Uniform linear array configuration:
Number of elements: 64
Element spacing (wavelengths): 0.5
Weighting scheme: binomial
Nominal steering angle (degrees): -30
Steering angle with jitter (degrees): -28.395
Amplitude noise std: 0.05
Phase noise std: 0.05

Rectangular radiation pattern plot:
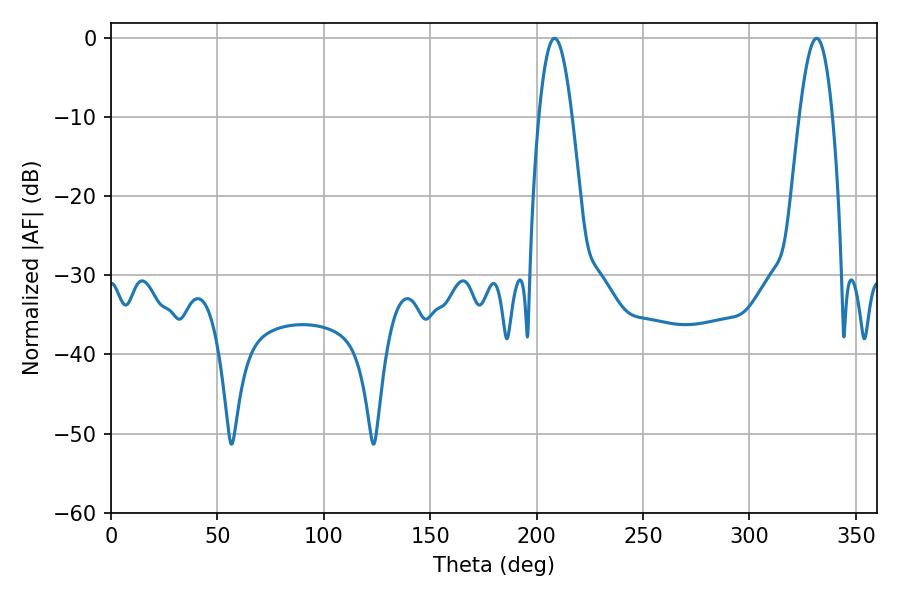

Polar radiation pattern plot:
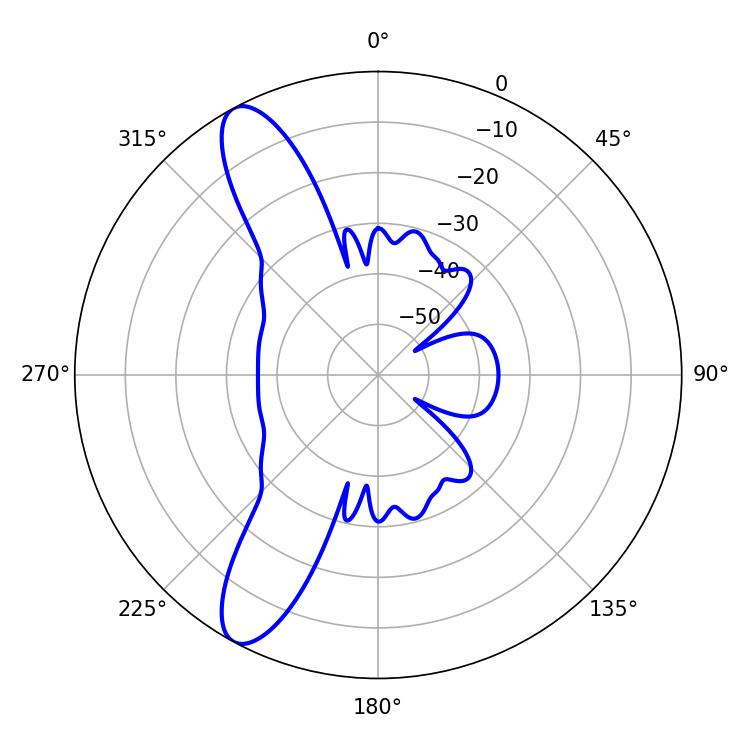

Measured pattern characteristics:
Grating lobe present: FALSE
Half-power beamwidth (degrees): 8.46
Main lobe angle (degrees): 208.44